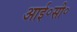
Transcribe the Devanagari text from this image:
आई॰सी॰